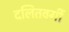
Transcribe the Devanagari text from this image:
दलितवर्गी